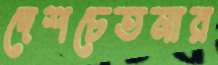
দেশচেতনার